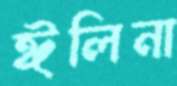
ঈলিনা